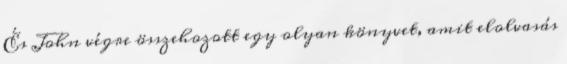
És John végre összehozott egy olyan könyvet, amit elolvasás